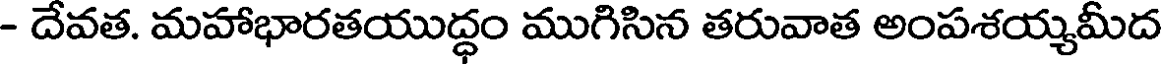
- దేవత. మహాభారతయుద్ధం ముగిసిన తరువాత అంపశయ్యమీద